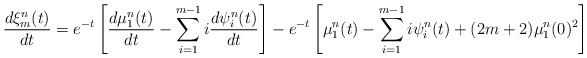
\begin{align*}\frac{d\xi^{n}_m(t)}{dt}=e^{-t}\left[\frac{d\mu^{n}_1(t)}{dt}-\sum_{i=1}^{m-1} i\frac{d\psi^{n}_i(t)}{dt}\right]-e^{-t}\left[\mu^{n}_1(t)-\sum_{i=1}^{m-1}i\psi^{n}_i(t)+(2m+2)\mu^{n}_1(0)^2\right]\end{align*}